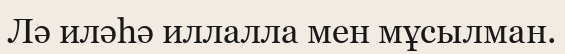
Лә иләһә иллалла мен мұсылман.